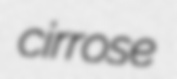
cirrose